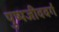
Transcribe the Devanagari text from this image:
पुष्पजीववर्ग